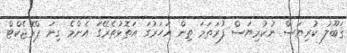
ޤަބޫލު ކުރިޔަސް ނުކުރިޔަސް ފުރަތަމަ ތިން އަހަރުގަ އަތޮޅުތެރޭގަ އެންމެ ގިނަ ޕްރޮޖެކްޓް